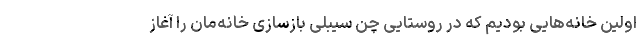
اولین خانه‌هایی بودیم که در روستایی چن سیبلی بازسازی خانه‌مان را آغاز